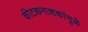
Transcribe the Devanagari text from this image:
कीटकनाशकांमुळे